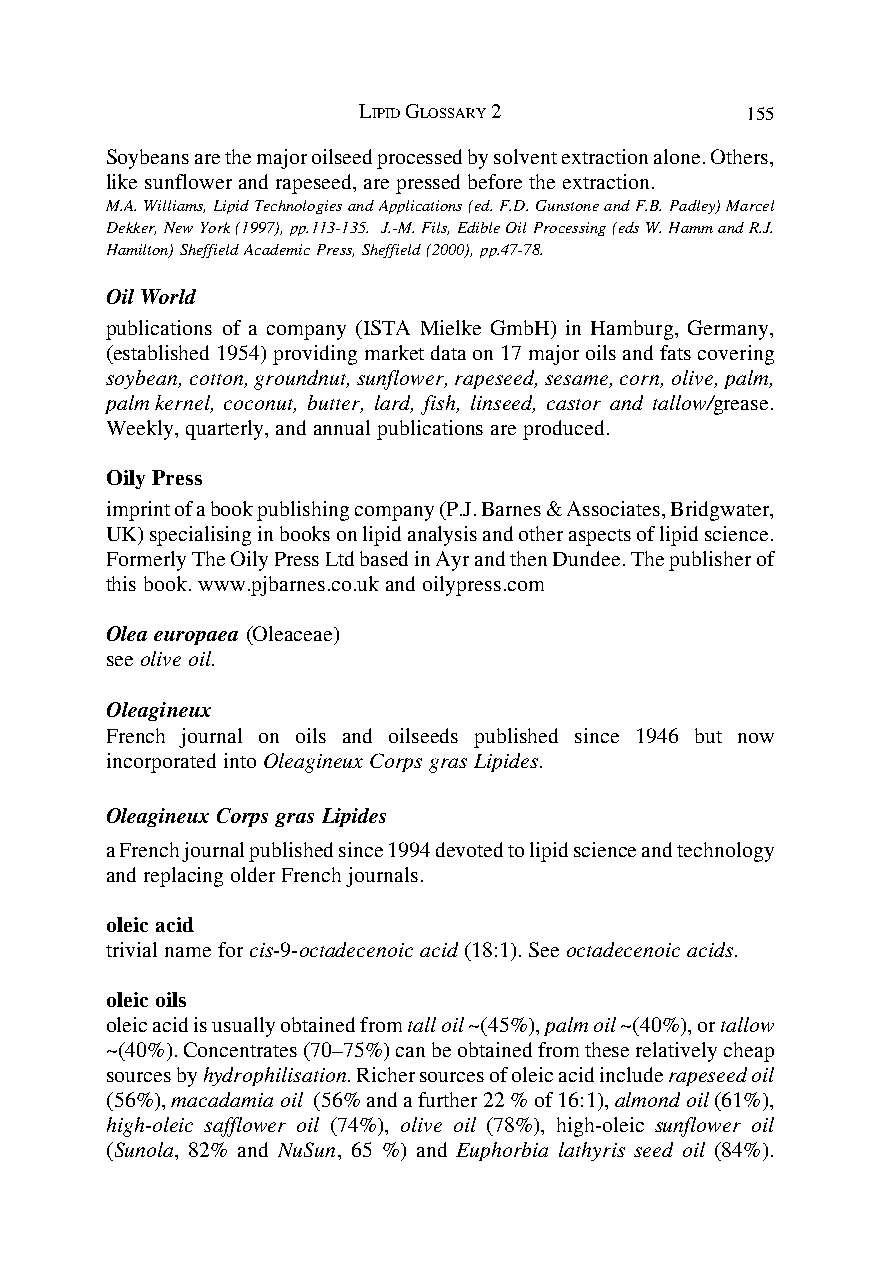
LIPID GLOSSARY 2         155
 Soybeans are the major oilseed processed by solvent extraction alone. Others,
 like sunflower and rapeseed, are pressed before the extraction.
 M.A. Williams, Lipid Technologies and Applications (ed. F.D. Gunstone and F.B. Padley) Marcel
 Dekker, New York (1997), pp.113-135. J.-M. Fils, Edible Oil Processing (eds W. Hamm and R.J.
 Hamilton) Sheffield Academic Press, Sheffield (2000), pp.47-78.
 Oil World
 publications of a company (ISTA Mielke GmbH) in Hamburg, Germany,
 (established 1954) providing market data on 17 major oils and fats covering
 soybean, cotton, groundnut, sunflower, rapeseed, sesame, corn, olive, palm,
 palm kernel, coconut, butter, lard, fish, linseed, castor and tallow/grease.
 Weekly, quarterly, and annual publications are produced.
 Oily Press
 imprint of a book publishing company (P.J. Barnes & Associates, Bridgwater,
 UK) specialising in books on lipid analysis and other aspects of lipid science.
 Formerly The Oily Press Ltd based in Ayr and then Dundee. The publisher of
 this book. www.pjbarnes.co.uk and oilypress.com
 Olea europaea (Oleaceae)
 see olive oil.
 Oleagineux
 French journal on oils and oilseeds published since 1946 but now
 incorporated into Oleagineux Corps gras Lipides.
 Oleagineux Corps gras Lipides
 a French journal published since 1994 devoted to lipid science and technology
 and replacing older French journals.
 oleic acid
 trivial name for cis-9-octadecenoic acid (18:1). See octadecenoic acids.
 oleic oils
 oleic acid is usually obtained from tall oil ~(45%), palm oil ~(40%), or tallow
 ~(40%). Concentrates (70–75%) can be obtained from these relatively cheap
 sources by hydrophilisation. Richer sources of oleic acid include rapeseed oil
 (56%), macadamia oil (56% and a further 22 % of 16:1), almond oil (61%),
 high-oleic safflower oil (74%), olive oil (78%), high-oleic sunflower oil
 (Sunola, 82% and NuSun, 65 %) and Euphorbia lathyris seed oil (84%).